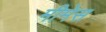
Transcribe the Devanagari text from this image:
मीमेस